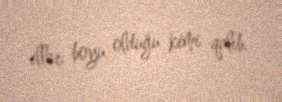
illər boyu olduğu kimi qalıb.